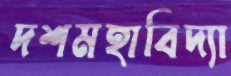
দশমহাবিদ্যা